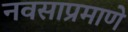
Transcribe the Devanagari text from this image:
नवसाप्रमाणे